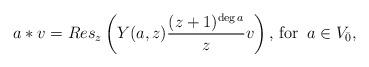
LaTeX: \begin{align*}a*v = Res_z \left(Y(a,z)\frac{(z+1)^{\deg a}}{z} v\right),\,\mbox{for}\,\,\, a\in V_{\bar{0}}, \end{align*}